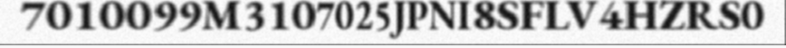
7010099M3107025JPNI8SFLV4HZRS0